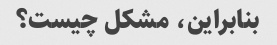
بنابراین، مشکل چیست؟